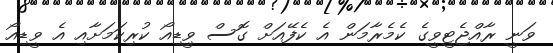
ވަނީ ރާއްޖެޓީވީގެ ކެމެރާމަން އެ ކެފޭއަށް ގޮސް ވީިޑިއޯ ކުރިކަމަށާއި އެ ވީޑިއޯ